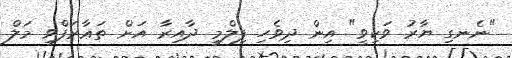
"ނެނގި ޔާރު ވަކިވީ" އިން ދިވެހި ފިލްމީ ދާއިރާ އަށް ތަޢާރަފްވި މަލް